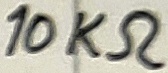
Text: 10KΩ